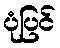
ပုံပြင်